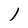
Character: l